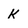
Character: k